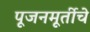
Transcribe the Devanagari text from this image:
पूजनमूर्तीचे